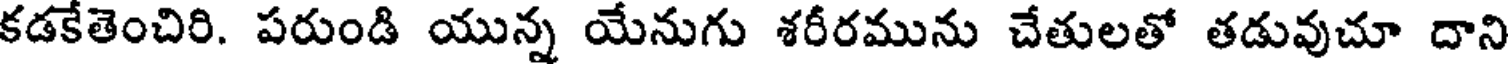
కడకేతెంచిరి. పరుండి యున్న యేనుగు శరీరమును చేతులతో తడువుచూ దాని